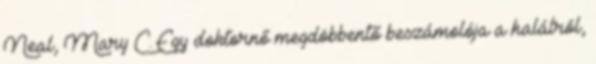
Neal, Mary C. Egy doktornő megdöbbentő beszámolója a halálról,